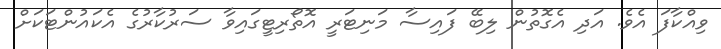
ވިއްކާފަ އެވެ. އަދި އެގޮތުން ލިބޭ ފައިސާ މަނިޓަރީ އޮތޯރިޓީގައިވާ ސަރުކާރުގެ އެކައުންޓަކަށް